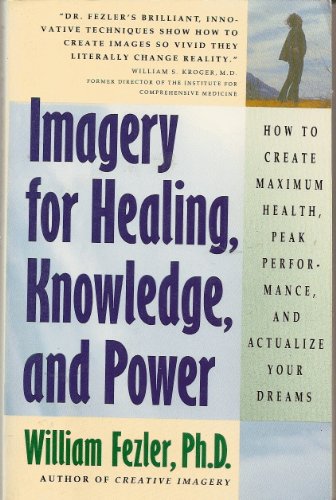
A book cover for Imagery for Healing, Knowledge, and Power; William D. Fezler; Health, Fitness & Dieting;